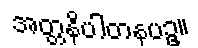
အတ္တနိပါတနပဥှ။